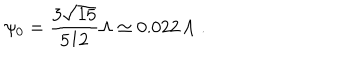
\psi _ { 0 } = \frac { 3 \sqrt { 1 5 } } { 5 1 2 } \Lambda \simeq 0 . 0 2 2 \, \Lambda \; .